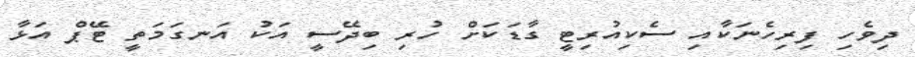
ދިވެހި ފިރިހެނަކާއި ސެކިއުރިޓީ ގާޑަކަށް ހުރި ބިދޭސީ އަކު އަނގަމަތީ ޓޭޕް އަޅާ